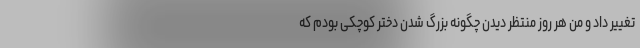
تغییر داد و من هر روز منتظر دیدن چگونه بزرگ شدن دختر کوچکی بودم که